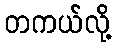
တကယ်လို့